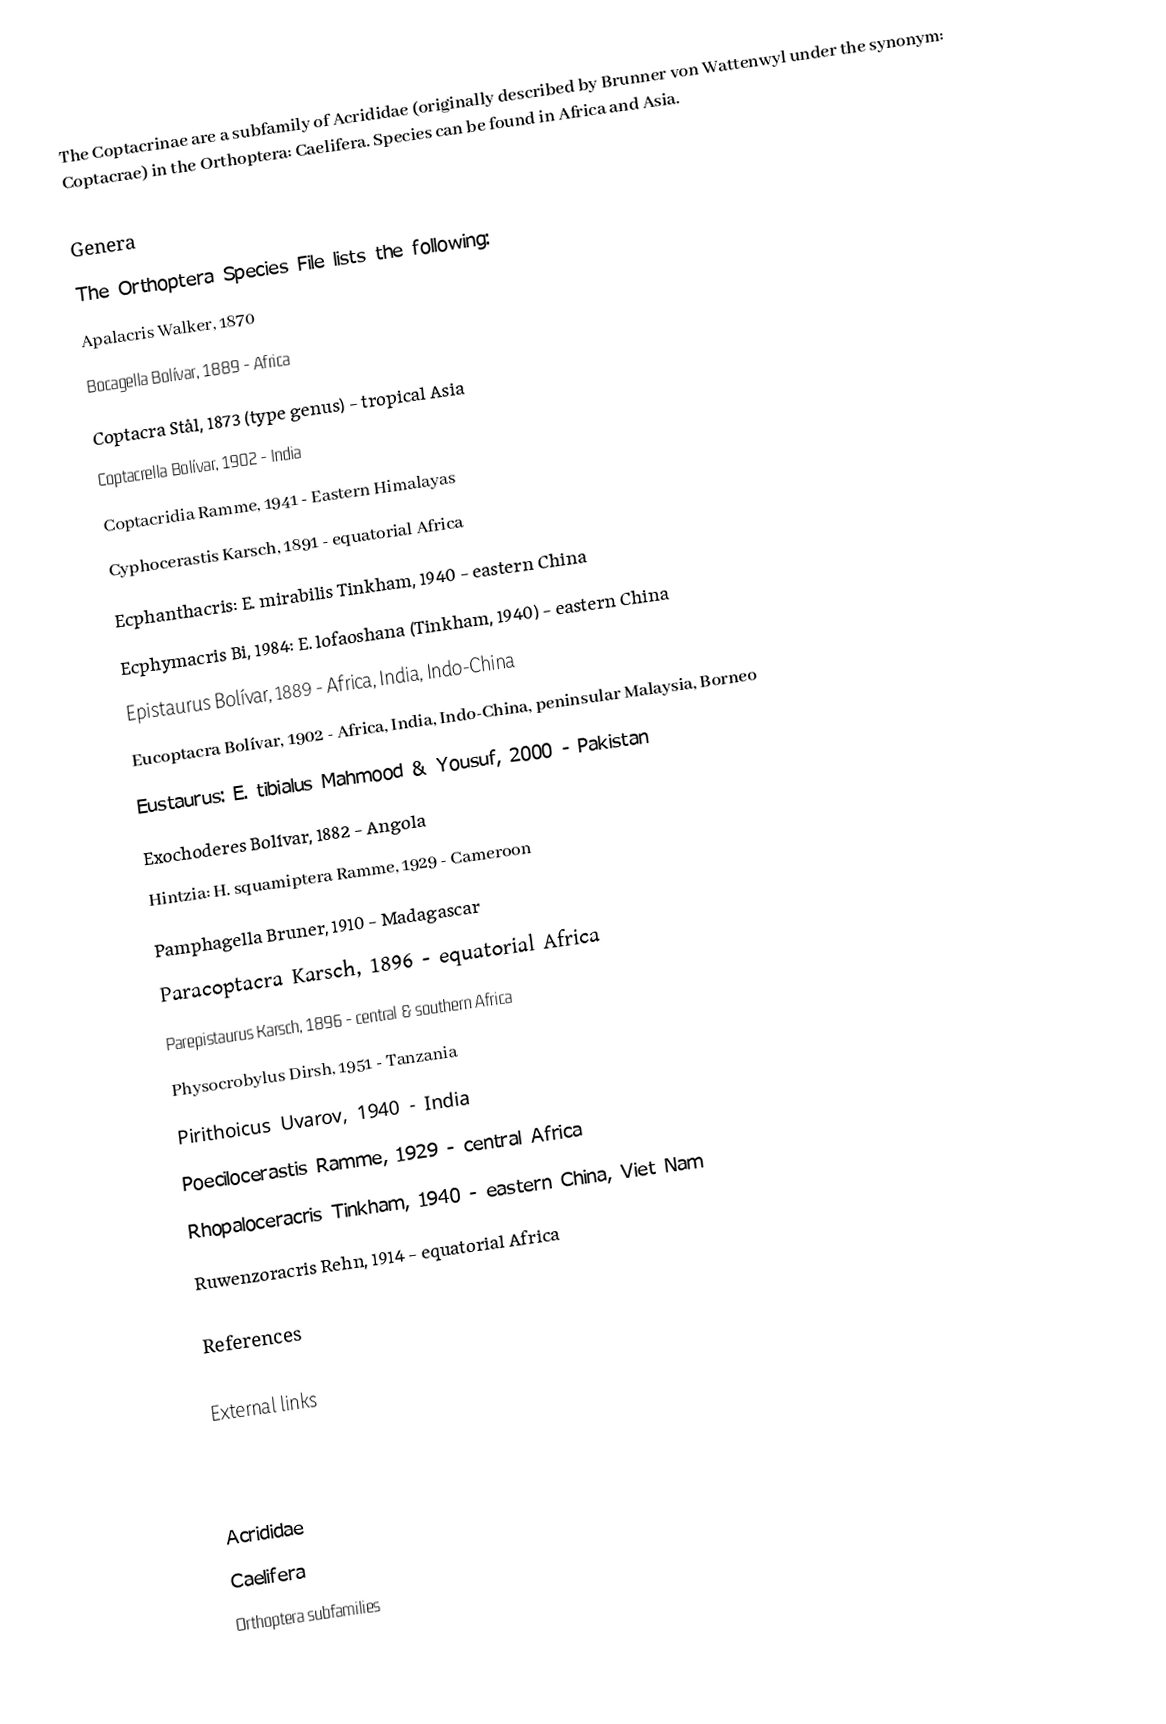
The Coptacrinae are a subfamily of Acrididae (originally described by Brunner von Wattenwyl under the synonym: Coptacrae) in the Orthoptera: Caelifera.  Species can be found in Africa and Asia.

Genera
The Orthoptera Species File lists the following:
 Apalacris Walker, 1870
 Bocagella Bolívar, 1889 - Africa
 Coptacra Stål, 1873 (type genus) - tropical Asia
 Coptacrella Bolívar, 1902 - India
 Coptacridia Ramme, 1941 - Eastern Himalayas
 Cyphocerastis Karsch, 1891 - equatorial Africa
 Ecphanthacris: E. mirabilis Tinkham, 1940 - eastern China
 Ecphymacris Bi, 1984: E. lofaoshana (Tinkham, 1940) - eastern China
 Epistaurus Bolívar, 1889 - Africa, India, Indo-China
 Eucoptacra Bolívar, 1902 - Africa, India, Indo-China, peninsular Malaysia, Borneo
 Eustaurus: E. tibialus Mahmood & Yousuf, 2000 - Pakistan
 Exochoderes Bolívar, 1882 - Angola
 Hintzia: H. squamiptera Ramme, 1929 - Cameroon
 Pamphagella Bruner, 1910 - Madagascar
 Paracoptacra Karsch, 1896 - equatorial Africa
 Parepistaurus Karsch, 1896 - central & southern Africa
 Physocrobylus Dirsh, 1951 - Tanzania
 Pirithoicus Uvarov, 1940 - India
 Poecilocerastis Ramme, 1929 - central Africa
 Rhopaloceracris Tinkham, 1940 - eastern China, Viet Nam
 Ruwenzoracris Rehn, 1914 - equatorial Africa

References

External links

Acrididae
Caelifera
Orthoptera subfamilies